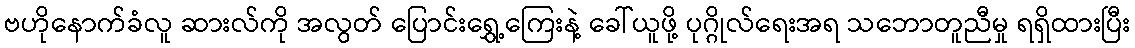
ဗဟိုနောက်ခံလူ ဆားလ်ကို အလွတ် ပြောင်းရွှေ့ကြေးနဲ့ ခေါ်ယူဖို့ ပုဂ္ဂိုလ်ရေးအရ သဘောတူညီမှု ရရှိထားပြီး